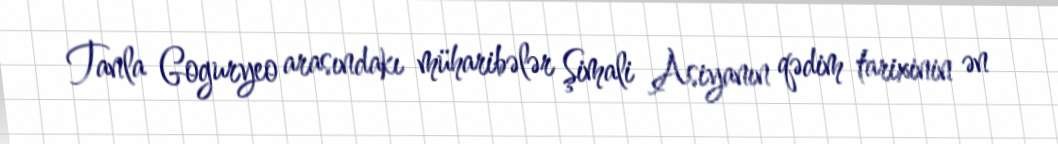
Tanla Goguryeo arasındakı müharibələr Şimali Asiyanın qədim tarixinin ən